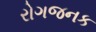
રોગજનક